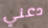
دعني